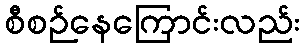
စီစဉ်နေကြောင်းလည်း